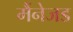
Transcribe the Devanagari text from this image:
मैंनेजड